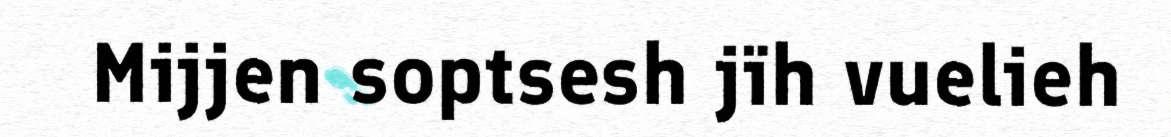
Mijjen soptsesh jïh vuelieh